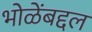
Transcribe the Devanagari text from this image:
भोळेंबद्दल